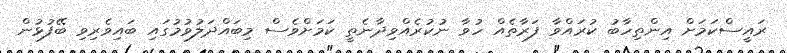
ރައީސްކަމަށް އިންތިހާބު ކުރައްވާ ފަރާތެއް ހުވާ ނުކުރެއްވިދާނެތީ ކަމަށްވެސް މިބައްދަލުވުމުގައި ބައިވެރިވި ބޭފުޅުން